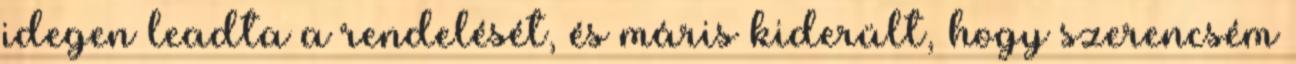
idegen leadta a rendelését, és máris kiderült, hogy szerencsém